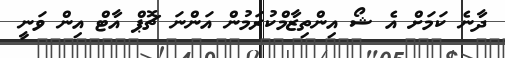
ދާނެ ކަމަށް އެ ޝޯ އިންތިޒާމްކުރަމުން އަންނަ ޗޮޕް އާޓް އިން ވަނީ